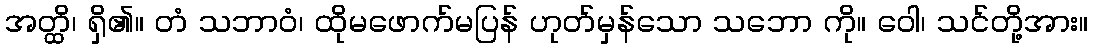
အတ္ထိ၊ ရှိ၏။ တံ သဘာဝံ၊ ထိုမဖောက်မပြန် ဟုတ်မှန်သော သဘော ကို။ ဝေါ၊ သင်တို့အား။